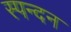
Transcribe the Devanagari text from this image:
स्‍पन्‍दन